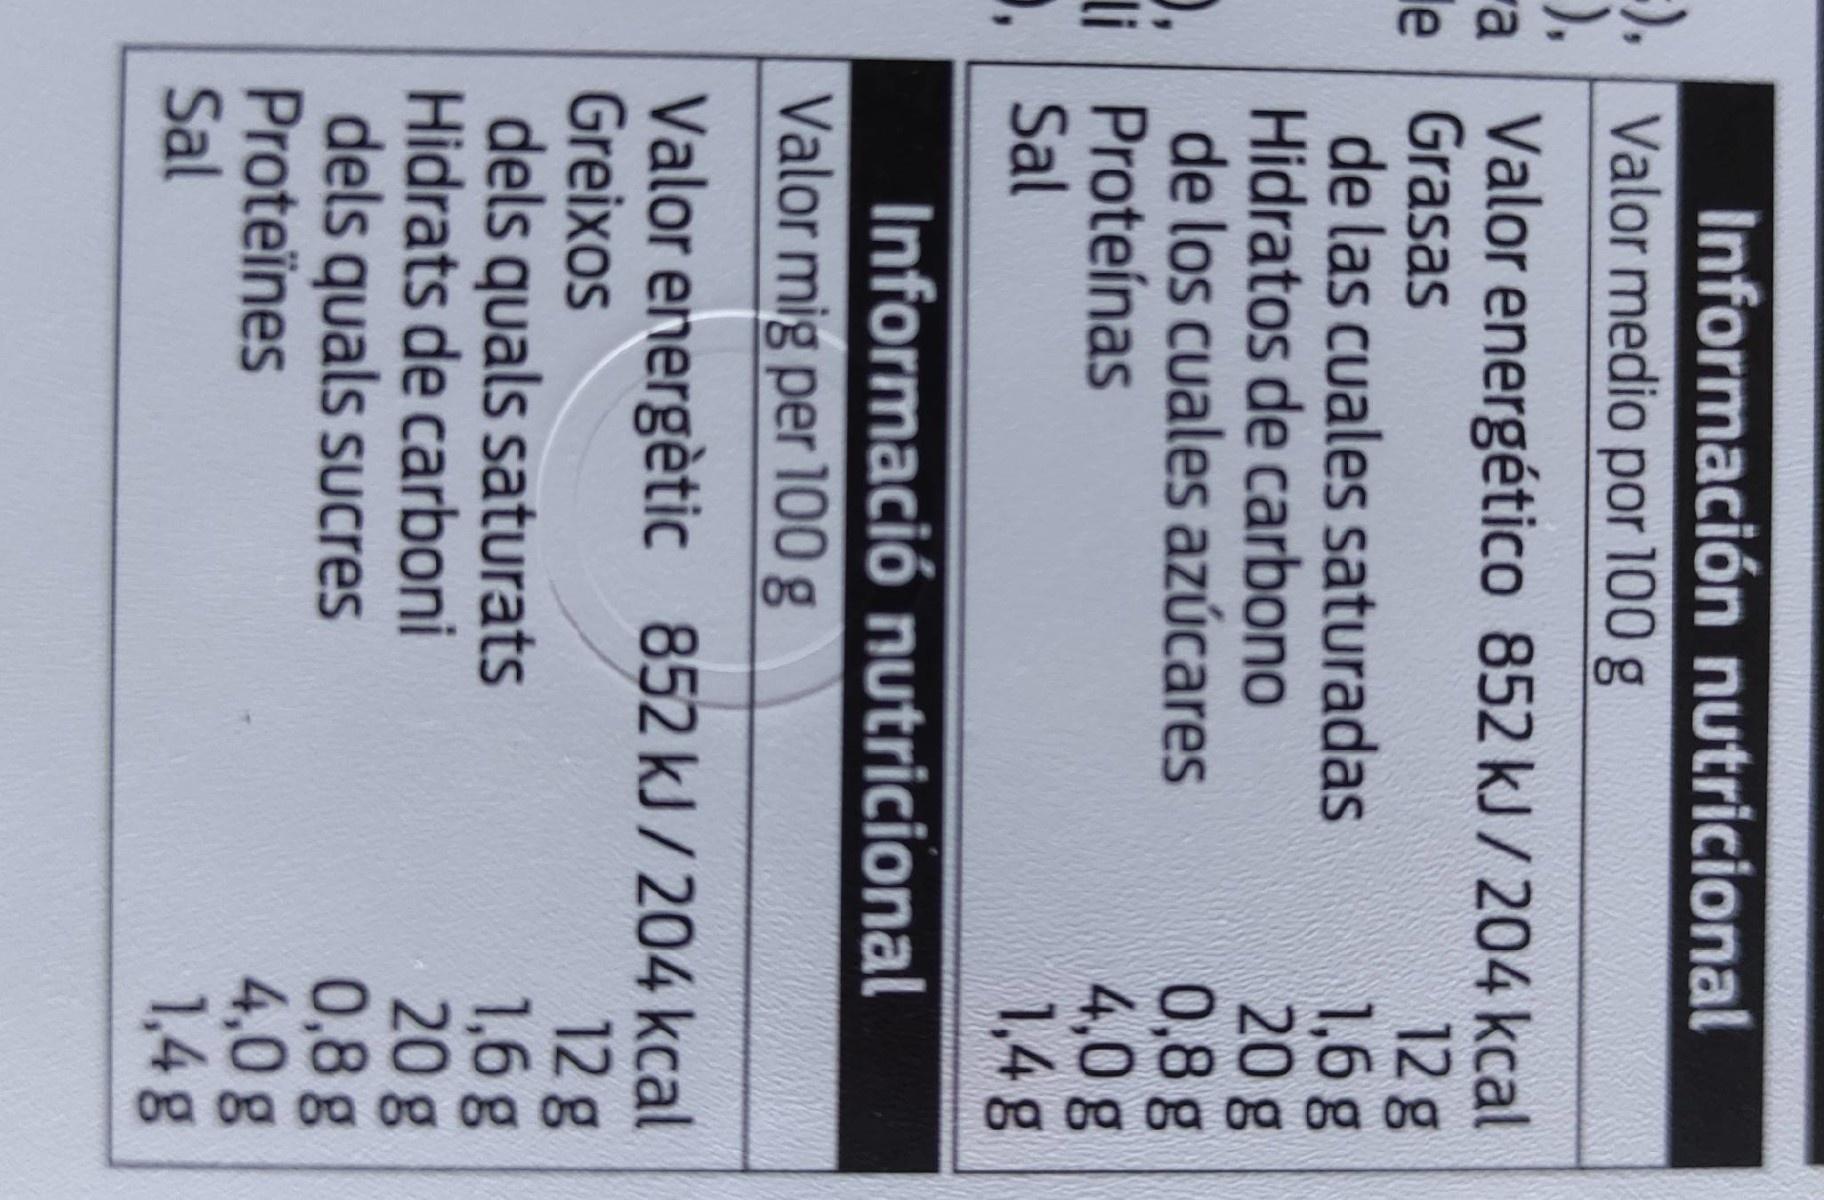
Información nutricional
:),
:), Valor medio por 100 g ). a Valor energético 852 kJ/204 kcal le Grasas de las cuales saturadas Hidratos de carbono 0. de los cuales azúcares li Proteínas , Sal
12 g 1,6g 20g 0,8g 4,0g 1,4g
Informació nutricional Valor mig per 100 g
Valor energètic 852 kJ/204 kcal Greixos dels quals saturats Hidrats de carboni dels quals sucres Proteïnes Sal
12g 1,6g 20 g 0,8 g 4,0 g 1,4 g